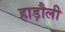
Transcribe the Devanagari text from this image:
हाड़ौली